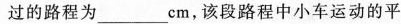
过的路程为___cm，该段路程中小车运动的平